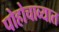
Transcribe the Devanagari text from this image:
पोहोचाव्यात